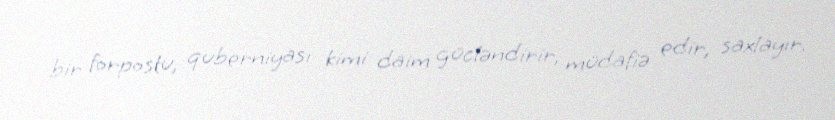
bir forpostu, quberniyası kimi daim gücləndirir, müdafiə edir, saxlayır.